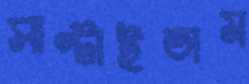
সাপ্‌টাইতাম